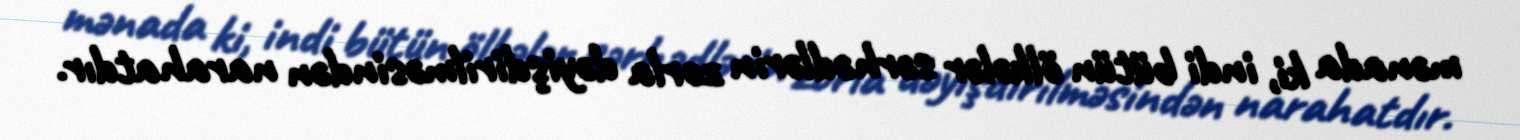
mənada ki, indi bütün ölkələr sərhədlərin zorla dəyişdirilməsindən narahatdır.